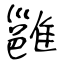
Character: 雝